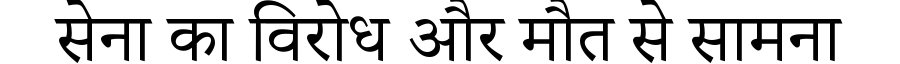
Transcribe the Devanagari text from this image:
सेना का विरोध और मौत से सामना